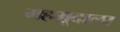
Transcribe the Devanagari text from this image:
महमूदाला